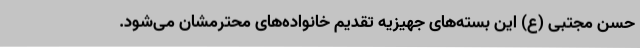
حسن مجتبی (ع) این بسته‌های جهیزیه تقدیم خانواده‌های محترمشان می‌شود.